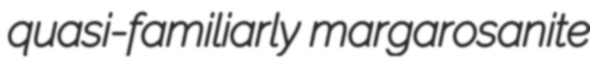
quasi-familiarly margarosanite